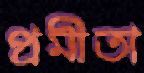
প্রমীতা